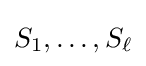
S_{1},\dots ,S_{\ell }